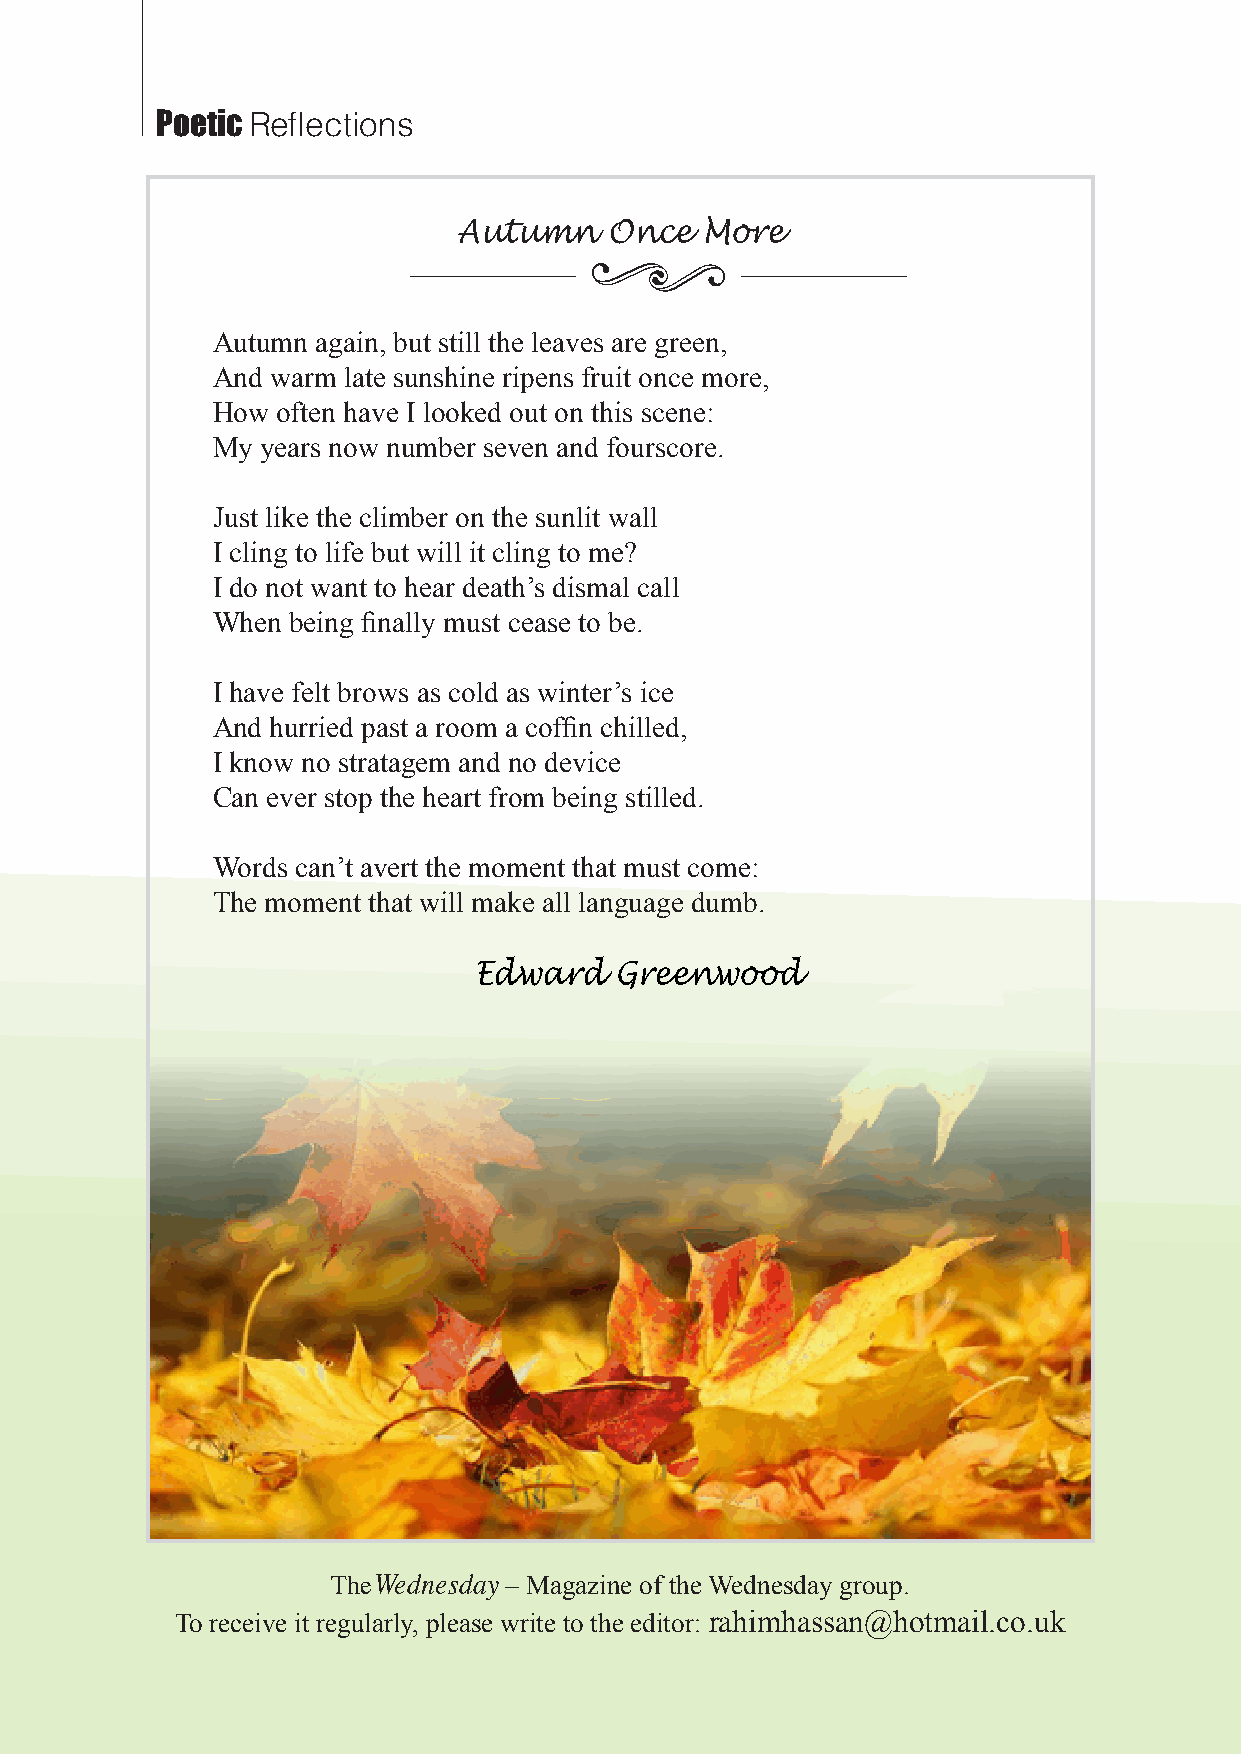
Poetic Reflections
 Autumn    Once  More
 Autumn again, but still the leaves are green,
 And warm late sunshine ripens fruit once more,
 How often have I looked out on this scene:
 My years now number seven and fourscore.
 Just like the climber on the sunlit wall
 I cling to life but will it cling to me?
 I do not want to hear death’s dismal call
 When being finally must cease to be.
 I have felt brows as cold as winter’s ice
 And hurried past a room a coffin chilled,
 I know no stratagem and no device
 Can ever stop the heart from being stilled.
 Words can’t avert the moment that must come:
 The moment that will make all language dumb.
 Edward    Greenwood
 TheWednesday – Magazine of the Wednesday group.
 To receive it regularly, please write to the editor: rahimhassan@hotmail.co.uk